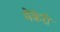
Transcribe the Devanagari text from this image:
मैकेरी